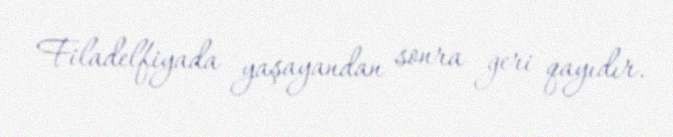
Filadelfiyada yaşayandan sonra geri qayıdır.